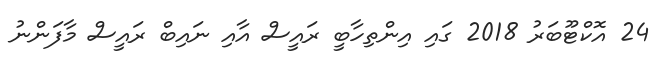
24 އޮކްޓޫބަރު 2018 ގައި އިންތިހާބީ ރައީސް އާއި ނައިބް ރައީސް މާފަންނު